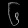
Digit: ၆